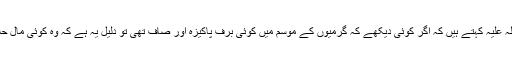
کرمانی رحمۃاللہ علیہ کہتے ہیں کہ اگر کوئی دیکھے کہ گرمیوں کے موسم میں کوئی برف پاکیزہ اور صاف تھی تو دلیل یہ ہے کہ وہ کوئی مال حلال جمع کرے۔